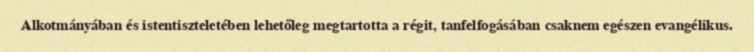
Alkotmányában és istentiszteletében lehetőleg megtartotta a régit, tanfelfogásában csaknem egészen evangélikus.